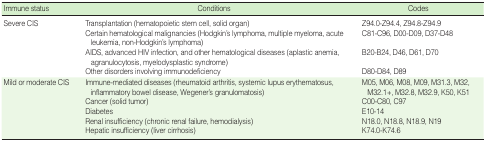
| Immune status | Conditions | Codes |
 | --- | --- | --- |
 | <ROWSPAN=4> Severe CIS | Transplantation (hematopoietic stem cell, solid organ) | Z94.0-Z94.4, Z94.8-Z94.9 |
 | Certain hematological malignancies (Hodgkin’s lymphoma, multiple myeloma, acute leukemia, non-Hodgkin’s lymphoma) | C81-C96, D00-D09, D37-D48 |
 | AIDS, advanced HIV infection, and other hematological diseases (aplastic anemia, agranulocytosis, myelodysplastic syndrome) | B20-B24, D46, D61, D70 |
 | Other disorders involving immunodeficiency | D80-D84, D89 |
 | <ROWSPAN=5> Mild or moderate CIS | Immune-mediated diseases (rheumatoid arthritis, systemic lupus erythematosus, inflammatory bowel disease, Wegener’s granulomatosis) | M05, M06, M08, M09, M31.3, M32, M32.1+, M32.8, M32.9, K50, K51 |
 | Cancer (solid tumor) | C00-C80, C97 |
 | Diabetes | E10-14 |
 | Renal insufficiency (chronic renal failure, hemodialysis) | N18.0, N18.8, N18.9, N19 |
 | Hepatic insufficiency (liver cirrhosis) | K74.0-K74.6 |